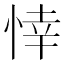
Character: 悻